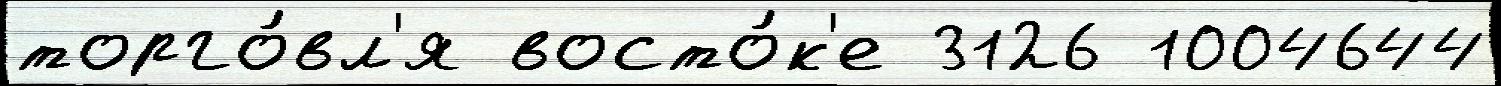
торго́вл'я восто́к'е 3126 1004644